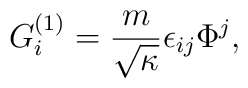
G_i^{(1)} = \frac{m}{\sqrt{\kappa}} \epsilon_{ij} \Phi^j ,